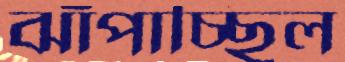
ঝাঁপাচ্ছিল